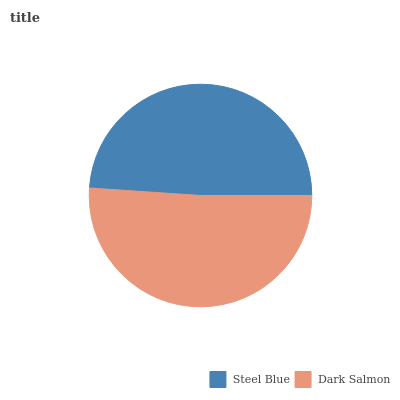
| Steel Blue | Dark Salmon |
 | --- | --- |
 | 48.9% | 51.1% |